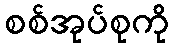
စစ်အုပ်စုကို